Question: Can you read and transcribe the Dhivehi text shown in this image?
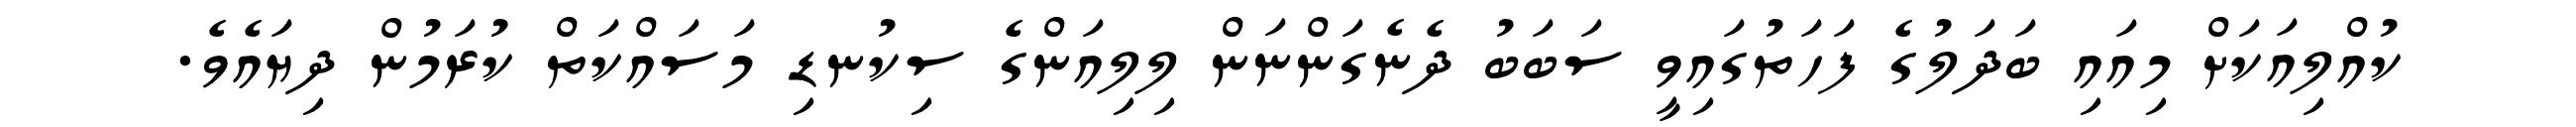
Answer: ކުއްލިއަކަށް މިއައި ބަދަލުގެ ފަހަތުގައިވީ ސަބަބު ދެނެގަންނަން ލިލިއަންގެ ސިކުނޑި މަސައްކަތް ކުރަމުން ދިޔައެވެ.